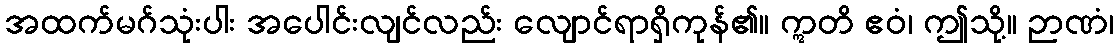
အထက်မဂ်သုံးပါး အပေါင်းလျင်လည်း လျောင်ရာရှိကုန်၏။ ဣတိ ဧဝံ၊ ဤသို့။ ဉာဏံ၊